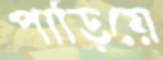
পাড়িয়ে